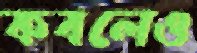
কবলেও